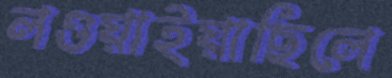
লওয়াইয়াছিলে